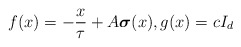
\begin{align*}f(x) = - \frac{x}{\tau} + A \boldsymbol{\sigma}(x), g(x) = cI_d\end{align*}